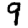
Digit: 9